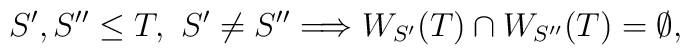
S',S'' \leq T,\ S'\not= S'' \Longrightarrow W_{S'}(T) \cap W_{S''}(T)=\emptyset,